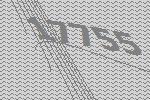
17755